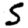
Digit: 5